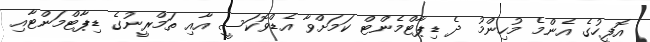
އޮފީހުގެ އެންމެ މުހިންމު ދެ ޑިޕާޓްމެންޓް ކަމަށްވާ އެޑްވޮކަސީ އާއި ތަމްރީނުގެ ޑިޕާޓްމަންޓާއި